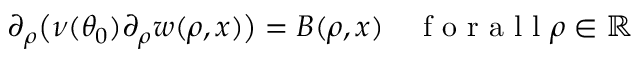
\begin{array} { r } { \partial _ { \rho } \big ( \nu ( \theta _ { 0 } ) \partial _ { \rho } w ( \rho , x ) \big ) = B ( \rho , x ) \quad \mathrm { ~ f ~ o ~ r ~ a ~ l ~ l ~ } \rho \in \mathbb { R } } \end{array}